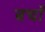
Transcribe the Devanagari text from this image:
बचाँ